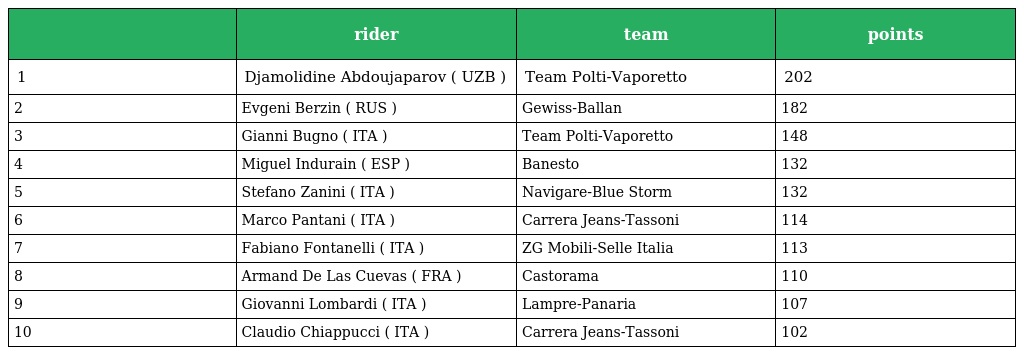
|  | rider | team | points |
 | --- | --- | --- | --- |
 | 1 | Djamolidine Abdoujaparov ( UZB ) | Team Polti-Vaporetto | 202 |
 | 2 | Evgeni Berzin ( RUS ) | Gewiss-Ballan | 182 |
 | 3 | Gianni Bugno ( ITA ) | Team Polti-Vaporetto | 148 |
 | 4 | Miguel Indurain ( ESP ) | Banesto | 132 |
 | 5 | Stefano Zanini ( ITA ) | Navigare-Blue Storm | 132 |
 | 6 | Marco Pantani ( ITA ) | Carrera Jeans-Tassoni | 114 |
 | 7 | Fabiano Fontanelli ( ITA ) | ZG Mobili-Selle Italia | 113 |
 | 8 | Armand De Las Cuevas ( FRA ) | Castorama | 110 |
 | 9 | Giovanni Lombardi ( ITA ) | Lampre-Panaria | 107 |
 | 10 | Claudio Chiappucci ( ITA ) | Carrera Jeans-Tassoni | 102 |